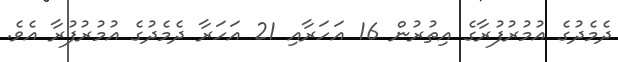
ދެމެދުގެ އުމުރުފުރާގެ އިތުރުން 16 އަހަރާއި 21 އަހަރާ ދެމެދުގެ އުުމުރުފުރާ އެވެ.